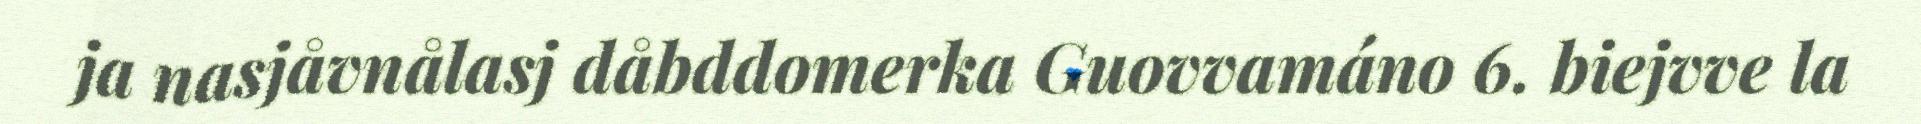
ja nasjåvnålasj dåbddomerka Guovvamáno 6. biejvve la